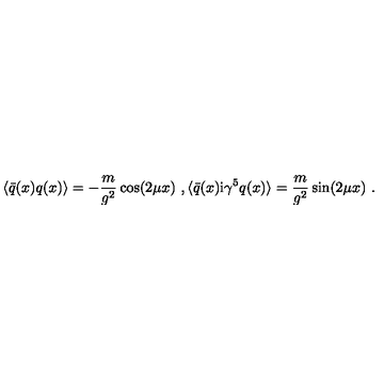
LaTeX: \langle \bar { q } ( x ) q ( x ) \rangle = - \frac { m } { g ^ { 2 } } \cos ( 2 \mu x ) \ , \langle \bar { q } ( x ) \mathrm { i } \gamma ^ { 5 } q ( x ) \rangle = \frac { m } { g ^ { 2 } } \sin ( 2 \mu x ) \ .